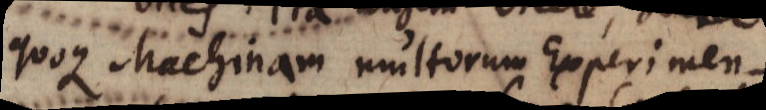
quoque Machinam multorum Experimen-